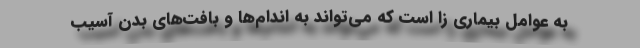
به عوامل بیماری زا است که می‌تواند به اندام‌ها و بافت‌های بدن آسیب